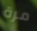
مرة